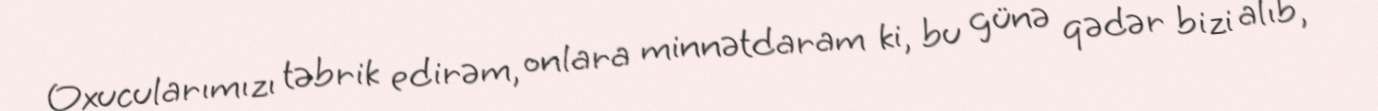
Oxucularımızı təbrik edirəm, onlara minnətdaram ki, bu günə qədər bizi alıb,